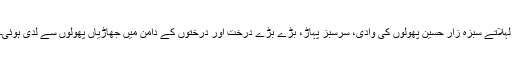
لہلاتے سبزہ زار حسین پھولوں کی وادی، سرسبز پہاڑ، بڑے بڑے درخت اور درختوں کے دامن میں جھاڑیاں پھولوں سے لدی ہوئی۔